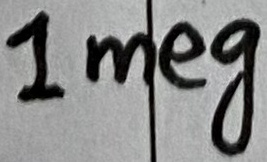
Text: 1meg